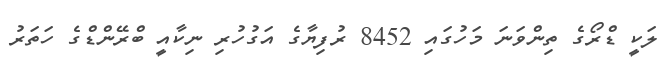
ލަކީ ޑްރޯގެ ތިންވަނަ މަހުގައި 8452 ރުފިޔާގެ އަގުހުރި ނިކާއީ ބްރޭންޑްގެ ހަތަރު